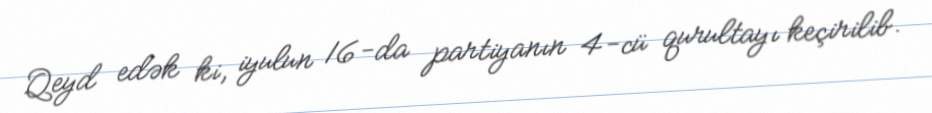
Qeyd edək ki, iyulun 16-da partiyanın 4-cü qurultayı keçirilib.